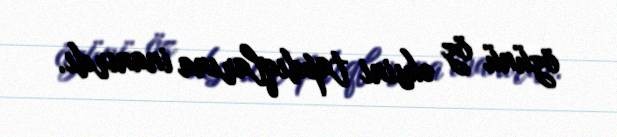
özünü öz əksini tapdıqlarına inanırdı.